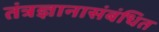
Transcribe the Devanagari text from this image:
तंत्रज्ञानासंबंधित